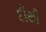
દીથી